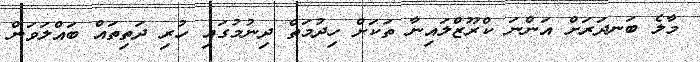
މާލެ ބަނދަަރަށް އަންނަ ކްރޫޒްލައިނާ ތަކަށް ހިދުމަތް ދިނުމުގައި ހުރި ދަތިތައް ބައްލަވަން